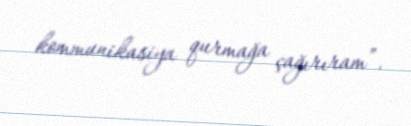
kommunikasiya qurmağa çağırıram”.